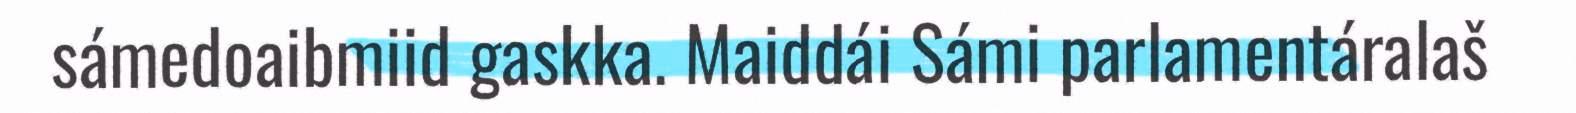
sámedoaibmiid gaskka. Maiddái Sámi parlamentáralaš